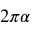
2 \pi \alpha